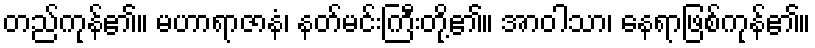
တည်ကုန်၏။ မဟာရာဇာနံ၊ နတ်မင်းကြီးတို့၏။ အာဝါသာ၊ နေရာဖြစ်ကုန်၏။